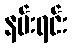
နမ်းရင်း